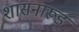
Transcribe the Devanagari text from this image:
शासनारूड़